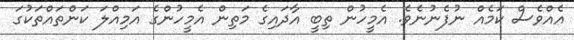
އެއްވެސް ކަމެއް ނުފެނުނެވެ. އެމީހުން ތިބީ އާދައިގެ މަތިން އެމީހުންގެ އަމިއްލަ ކަންތައްތަކުގަ